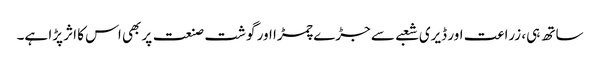
ساتھ ہی، زراعت اور ڈیری شعبے سے جڑے چمڑا اور گوشت صنعت پر بھی اس کا اثر پڑا ہے۔